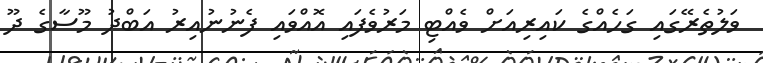
ވަލުތެރޭގައި ގަހެއްގެ ކައިރިއަށް ވެއްޓި މަރުވެފައި އޮއްވައި ފެނުނުއިރު އަބްދު މޫސާގެ ދޫ